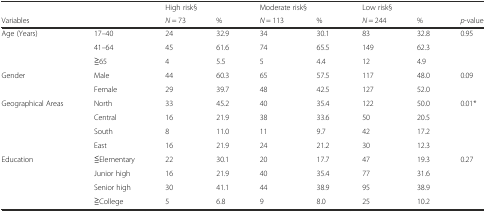
<table><thead><tr><td></td><td></td><td colspan="2"><b>High risk§</b></td><td colspan="2"><b>Moderate risk§</b></td><td colspan="2"><b>Low risk§</b></td><td></td></tr><tr><td><b>Variables</b></td><td></td><td><b><i>N</i> = 73</b></td><td><b>%</b></td><td><b><i>N</i> = 113</b></td><td><b>%</b></td><td><b><i>N</i> = 244</b></td><td><b>%</b></td><td><b><i>p</i>-value</b></td></tr></thead><tbody><tr><td>Age (Years)</td><td>17–40</td><td>24</td><td>32.9</td><td>34</td><td>30.1</td><td>83</td><td>32.8</td><td rowspan="3">0.95</td></tr><tr><td></td><td>41–64</td><td>45</td><td>61.6</td><td>74</td><td>65.5</td><td>149</td><td>62.3</td></tr><tr><td></td><td>≧65</td><td>4</td><td>5.5</td><td>5</td><td>4.4</td><td>12</td><td>4.9</td></tr><tr><td>Gender</td><td>Male</td><td>44</td><td>60.3</td><td>65</td><td>57.5</td><td>117</td><td>48.0</td><td rowspan="2">0.09</td></tr><tr><td></td><td>Female</td><td>29</td><td>39.7</td><td>48</td><td>42.5</td><td>127</td><td>52.0</td></tr><tr><td>Geographical Areas</td><td>North</td><td>33</td><td>45.2</td><td>40</td><td>35.4</td><td>122</td><td>50.0</td><td rowspan="4">0.01*</td></tr><tr><td></td><td>Central</td><td>16</td><td>21.9</td><td>38</td><td>33.6</td><td>50</td><td>20.5</td></tr><tr><td></td><td>South</td><td>8</td><td>11.0</td><td>11</td><td>9.7</td><td>42</td><td>17.2</td></tr><tr><td></td><td>East</td><td>16</td><td>21.9</td><td>24</td><td>21.2</td><td>30</td><td>12.3</td></tr><tr><td>Education</td><td>≦Elementary</td><td>22</td><td>30.1</td><td>20</td><td>17.7</td><td>47</td><td>19.3</td><td rowspan="4">0.27</td></tr><tr><td></td><td>Junior high</td><td>16</td><td>21.9</td><td>40</td><td>35.4</td><td>77</td><td>31.6</td></tr><tr><td></td><td>Senior high</td><td>30</td><td>41.1</td><td>44</td><td>38.9</td><td>95</td><td>38.9</td></tr><tr><td></td><td>≧College</td><td>5</td><td>6.8</td><td>9</td><td>8.0</td><td>25</td><td>10.2</td></tr></tbody></table>